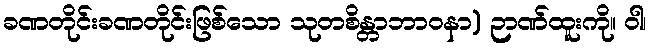
ခဏတိုင်းခဏတိုင်းဖြစ်သော သုတစိန္တာဘာဝနာ) ဉာဏ်ထူးကို။ ဝါ၊